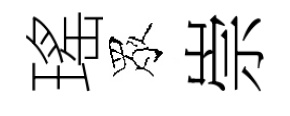
瑤眾崇